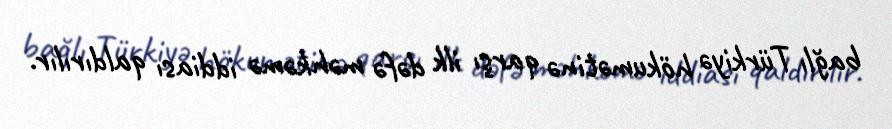
bağlı Türkiyə hökumətinə qarşı ilk dəfə məhkəmə iddiası qaldırılır.